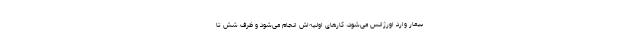
بیمار وارد اورژانس می‌شود، کارهای اولیه‌اش انجام می‌شود و ظرف شش تا